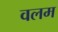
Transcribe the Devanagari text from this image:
वलम